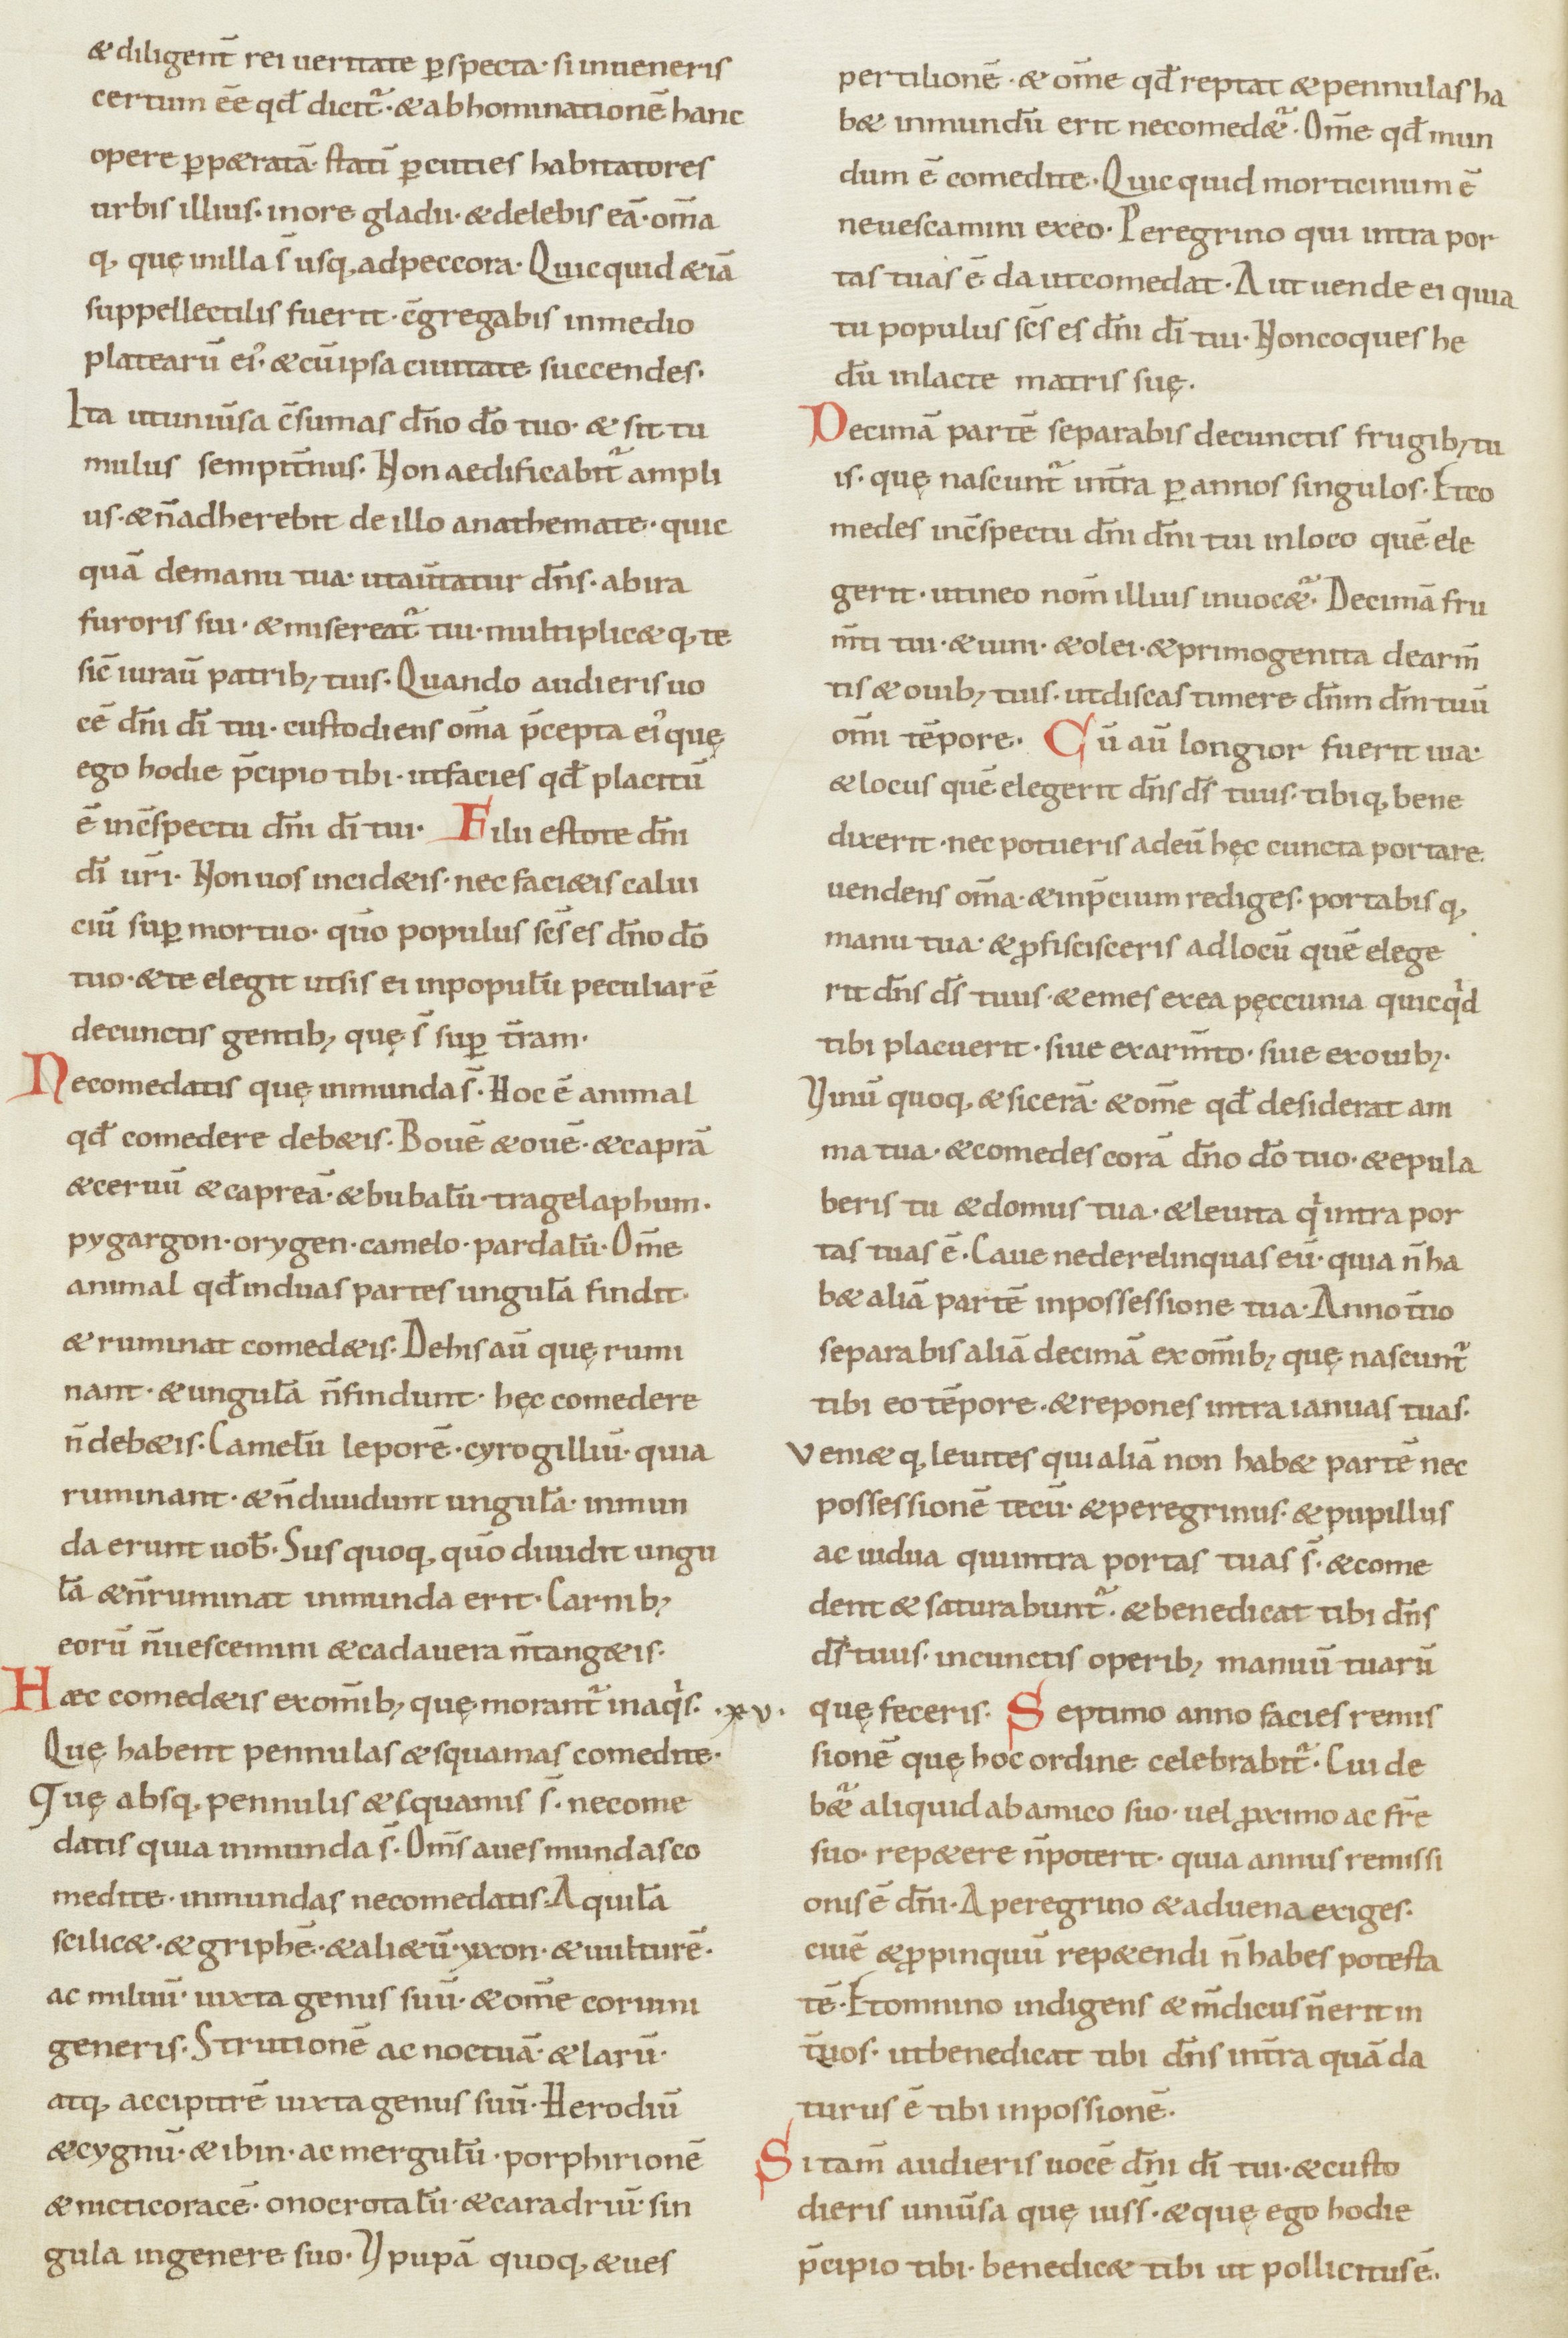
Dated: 900–999